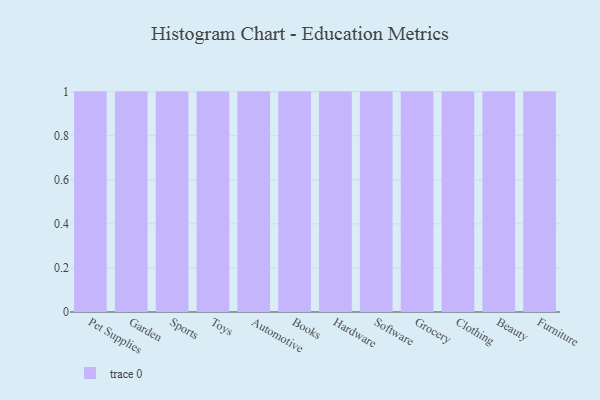
{"axis": {"x": "Category", "y": "Tickets Resolved"}, "legend": [""], "data": [{"x": "Pet Supplies", "y": 26, "type": ""}, {"x": "Garden", "y": 82, "type": ""}, {"x": "Sports", "y": 12, "type": ""}, {"x": "Toys", "y": 56, "type": ""}, {"x": "Automotive", "y": 25, "type": ""}, {"x": "Books", "y": 66, "type": ""}, {"x": "Hardware", "y": 57, "type": ""}, {"x": "Software", "y": 20, "type": ""}, {"x": "Grocery", "y": 15, "type": ""}, {"x": "Clothing", "y": 17, "type": ""}, {"x": "Beauty", "y": 38, "type": ""}, {"x": "Furniture", "y": 36, "type": ""}]}